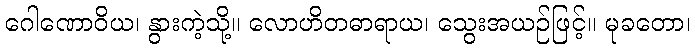
ဂေါဏောဝိယ၊ နွားကဲ့သို့။ လောဟိတဓာရာယ၊ သွေးအယဉ်ဖြင့်။ မုခတော၊